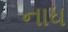
નાધ